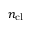
n _ { \mathrm { c l } }